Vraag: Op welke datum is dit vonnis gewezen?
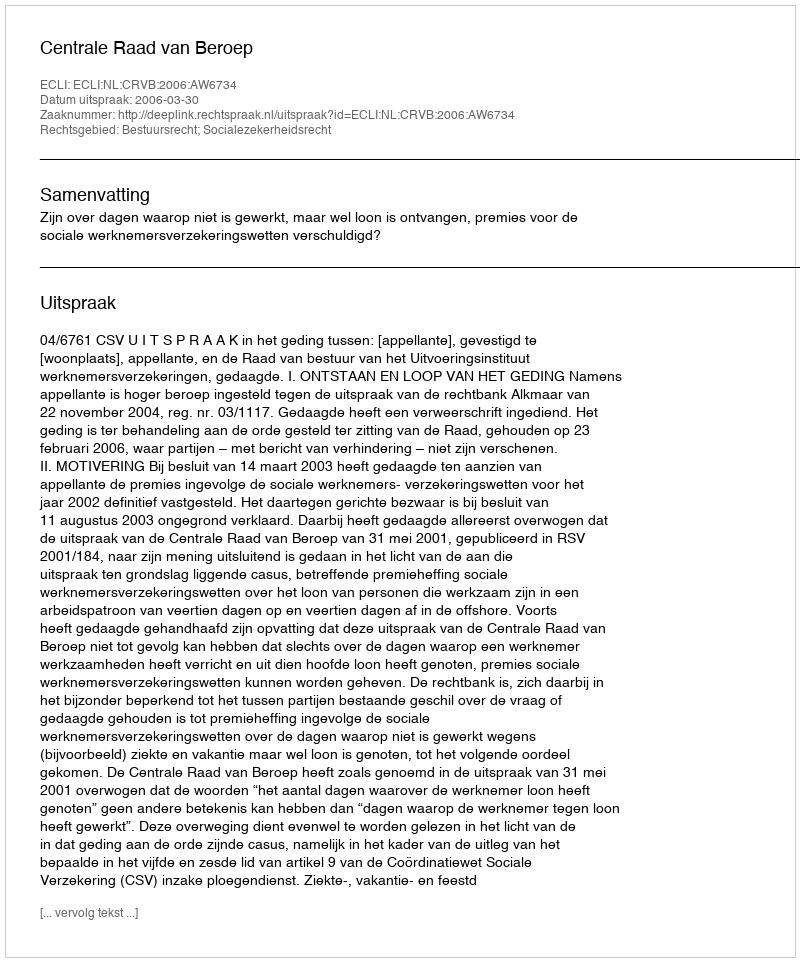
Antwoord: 2006-03-30